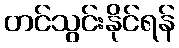
တင်သွင်းနိုင်ရန်